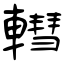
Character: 轊